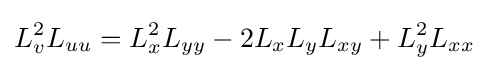
L_{v}^{2}L_{uu}=L_{x}^{2}L_{yy}-2L_{x}L_{y}L_{xy}+L_{y}^{2}L_{xx}